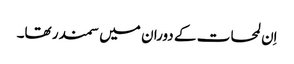
اِن لمحات کے دوران میں سمندر تھا۔